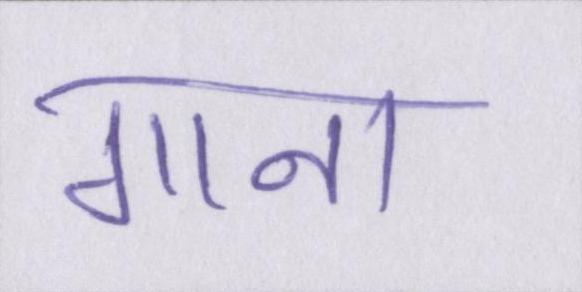
गाना